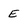
Character: e